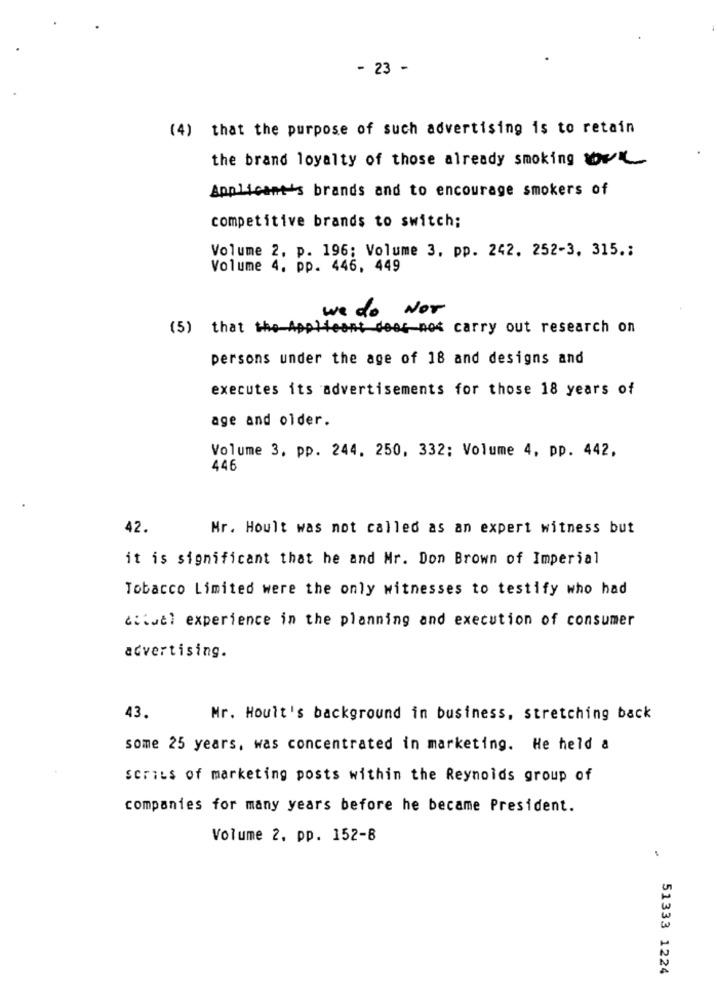
- 23 -
(4) that the purpose of such advertising is to retain
the brand loyalty of those already smoking own
Applicant's brands and to encourage smokers of
competitive brands to switch;
Volume 2, p. 196; Volume 3, pp. 242. 252-3, 315 .;
Volume 4, pp. 446, 449
we do Nor
(5) that the-
leant does not carry out research on
persons under the age of 18 and designs and
executes its advertisements for those 18 years of
age and older.
Volume 3, pp. 244. 250, 332; Volume 4, pp. 442,
446
42.
Mr. Hoult was not called as an expert witness but
it is significant that he and Mr. Don Brown of Imperial
Tobacco Limited were the only witnesses to testify who had
diQuel experience in the planning and execution of consumer
advertising.
43.
Mr. Hoult's background in business, stretching back
some 25 years, was concentrated in marketing. He held a
series of marketing posts within the Reynolds group of
companies for many years before he became President.
Volume 2. pp. 152-8
51333 1224